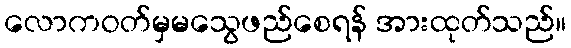
လောကဝတ်မှမသွေဖည်စေရန် အားထုတ်သည်။